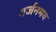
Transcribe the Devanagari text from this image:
गर्जनमय